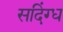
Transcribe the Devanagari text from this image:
सदिंग्ध